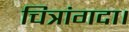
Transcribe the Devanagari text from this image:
चित्रांगदा।